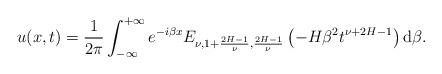
LaTeX: \begin{align*}u(x,t)= \frac{1}{2 \pi} \int_{-\infty}^{+\infty} e^{-i \beta x}E_{\nu, 1+\frac{2H-1}{\nu}, \frac{2H-1}{\nu}} \left(- H \beta^2 t^{\nu+2H-1} \right) \mathrm{d}\beta. \end{align*}